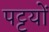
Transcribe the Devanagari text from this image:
पट्टयों